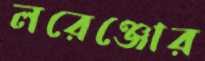
লরেঞ্জোর